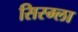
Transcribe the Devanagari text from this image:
सिस्म्ला